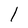
Character: 1